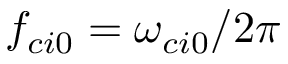
f _ { c i 0 } = \omega _ { c i 0 } / 2 \pi